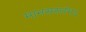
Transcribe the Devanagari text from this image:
मानसस्तंभ६